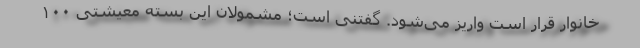
خانوار قرار است واریز می‌شود. گفتنی است؛ مشمولان این بسته معیشتی ۱۰۰